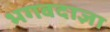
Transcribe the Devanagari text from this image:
भगवदाज्ञा